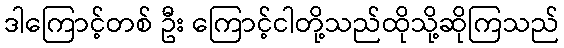
ဒါကြောင့်တစ် ဦး ကြောင့်ငါတို့သည်ထိုသို့ဆိုကြသည်